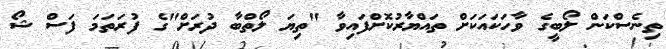
ތިނެސްކަން ލޯބީގެ ވާހަކައަކަށް ތައްޔާރުކޮށްފައިވާ "ތިޔަ ލޯތްބާ ދުރަށް"ގެ ފުރަތަމަ ފަސް ޝޯ